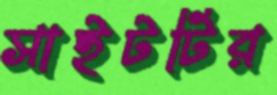
সাইটটির